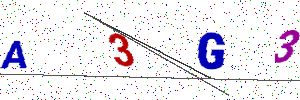
Text: A3G3